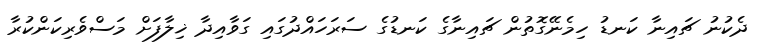
ދެކުނު ޗައިނާ ކަނޑު ހިމެނޭގޮތުން ޗައިނާގެ ކަނޑުގެ ސަރަހައްދުގައި ގަވާއިދާ ޚިލާފަށް މަސްވެރިކަންކުރާ